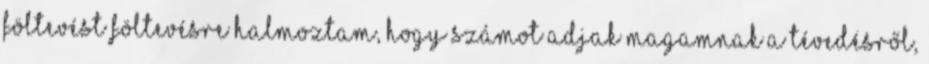
föltevést föltevésre halmoztam, hogy számot adjak magamnak a tévedésről,